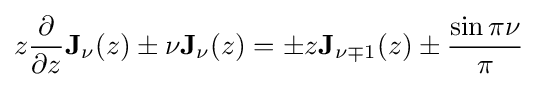
z{\dfrac {\partial }{\partial z}}\mathbf {J} _{\nu }(z)\pm \nu \mathbf {J} _{\nu }(z)=\pm z\mathbf {J} _{\nu \mp 1}(z)\pm {\frac {\sin \pi \nu }{\pi }}